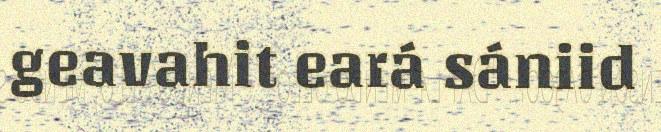
geavahit eará sániid